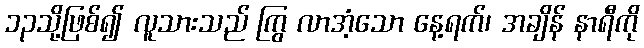
၁၃သို့ဖြစ်၍ လူသားသည် ကြွ လာအံ့သော နေ့ရက်၊ အချိန် နာရီကို